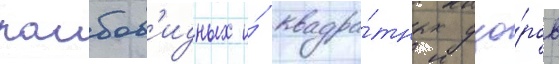
ромбов'идных и́ квадра́тных узо́ров